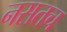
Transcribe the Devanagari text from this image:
नसतच